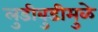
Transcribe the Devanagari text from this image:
लुडीबुडीमुळे